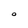
Character: O